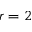
r = 2